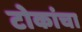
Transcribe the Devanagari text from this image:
टोकांचा